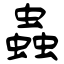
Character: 蟲